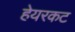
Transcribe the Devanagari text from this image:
हेयरकट